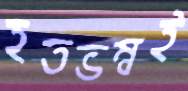
হতভম্বই